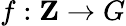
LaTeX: f:\mathbf{Z}\rightarrow G